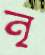
নৃ